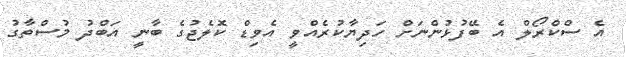
އެ ސްކްރޯލް އެ ބޭފުޅުންނަށް ހަދިޔާކުރެއްވީ އެވިޑް ކޮލެޖުގެ ބާނީ އަބްދު މުސްތާގު